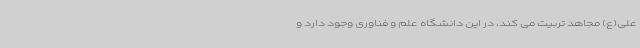
علی(ع) مجاهد تربیت می کند، در این دانشگاه علم و فناوری وجود دارد و